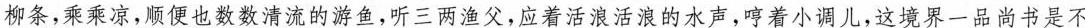
柳条,乘乘凉，顺便也数数清流的游鱼,听三两渔父,应着活浪活浪的水声,哼着小调儿,这境界一品尚书是不